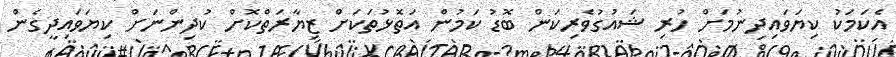
އެކަމަކު ކިޔަވައިދިނުމަށް ހުރި ޝައުގުވެރިކަން ބޮޑު ކަމުން އަތޮޅުތަކަށް ޒިޔާރަތްކޮށް ކުދިންނަށް ކިޔަވައިދީގެން